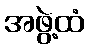
အဖွဲ့ထံ